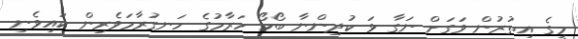
މީގެ އިތުރުން ވަގަށް ނަގާ ޅަ ކުދިންނާ ބޯކޯ ހަރާމުގެ ހަނގުރާމަވެރިން ކައިވެނި